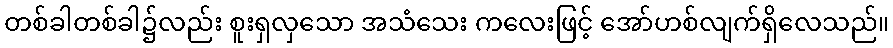
တစ်ခါတစ်ခါ၌လည်း စူးရှလှသော အသံသေး ကလေးဖြင့် အော်ဟစ်လျက်ရှိလေသည်။